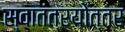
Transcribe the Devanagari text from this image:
स्वातंत्रयोत्तर